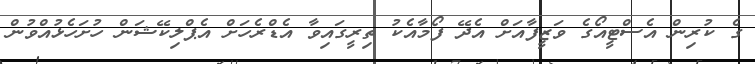
ގެ ކުރިން އެސްޓީއޯގެ ވަޒީފާއަށް އެދޭ ފޯމާއެކު ތިރީގައިވާ އެޑްރެހަށް އެޕްލިކޭޝަން ހުށަހެޅުއްވުން